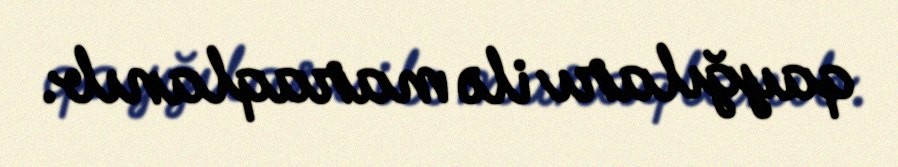
qayğıları ilə maraqlanıb.